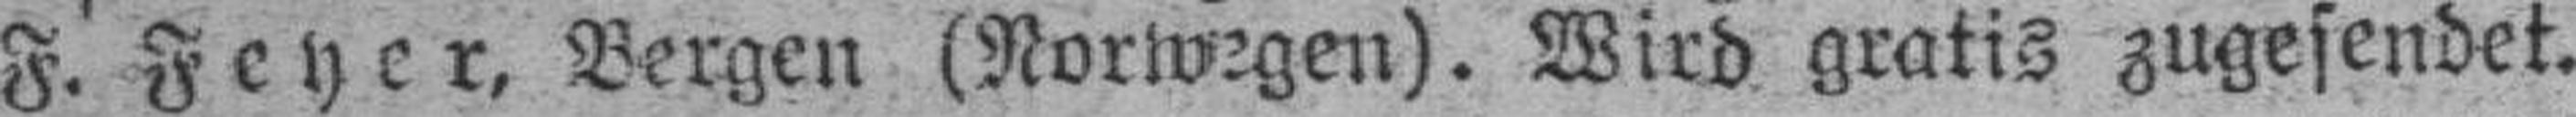
F. Feyer, Bergen (Norwegen). Wird gratis zugesendet.